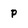
Character: p